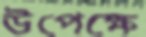
উপেক্ষে